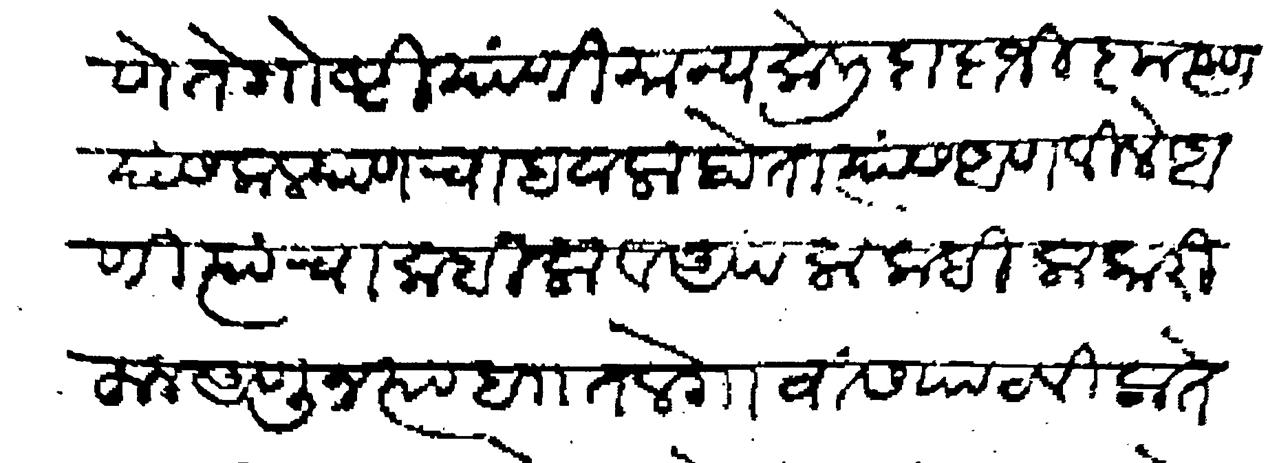
Transliteration (Devanagari): णे ते गोष्टी यांणी मान्य केली दादाजी कृष्ण यास कल्याणचा हवाला होता त्यास आणविले आणि त्यांचा कबीला व आपला कबिला कारीहून आणून त्या बाा तलेगावांस पाठविला तेव्हा दुधभात जेऊन बेलरोटीवरी हात